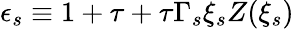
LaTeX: \epsilon_{s}\equiv 1+\tau+\tau\Gamma_{s}\xi_{s}Z(\xi_{s})